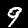
Digit: 9